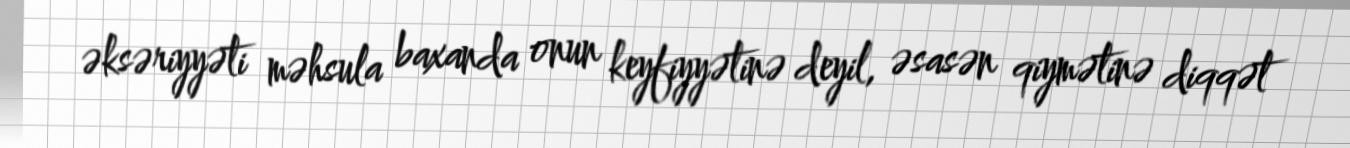
əksəriyyəti məhsula baxanda onun keyfiyyətinə deyil, əsasən qiymətinə diqqət